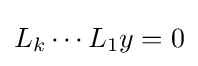
{\textstyle L_{k}\cdots L_{1}y=0}